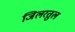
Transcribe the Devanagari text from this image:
जिलरतुल